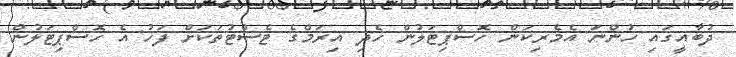
ދުބާއީގައި ހުންނަ އެމެރިކަން ހޮސްޕިޓަލުން ހެދި އިރަމްގެ ޓެސްޓުތަކަށް ފަހު އެ ހޮސްޕިޓަލުން